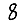
Digit: 8